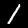
Digit: 1